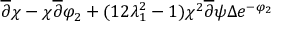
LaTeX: \overline { { { \partial } } } \chi - \chi \overline { { { \partial } } } \varphi _ { 2 } + ( { 1 \o { 2 \lambda _ { 1 } ^ { 2 } } } - 1 ) { { \chi ^ { 2 } \overline { { { \partial } } } \psi } \o \Delta } e ^ { - \varphi _ { 2 } }